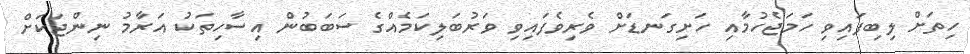
ހިތަށް ލިބިފައިވި ހަމަޖެހުމާއި ހަށިގަނޑަށް ވެރިވެފައިވި ވަރުބަލިކަމެއްގެ ސަބަބުން އިސާހިތަކު އަރާމު ނިންޖަކަށް